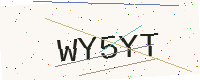
Text: WY5YT